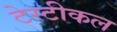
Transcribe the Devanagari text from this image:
टेस्टीकल